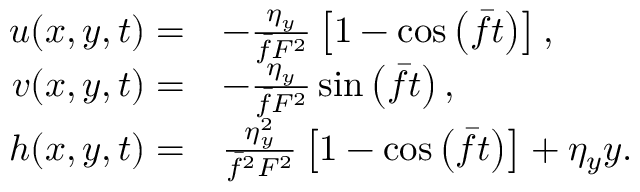
\begin{array} { r l } { u ( x , y , t ) = } & { - \frac { \eta _ { y } } { \bar { f } F ^ { 2 } } \left[ 1 - \cos \left( \bar { f } t \right) \right] , } \\ { v ( x , y , t ) = } & { - \frac { \eta _ { y } } { \bar { f } F ^ { 2 } } \sin \left( \bar { f } t \right) , } \\ { h ( x , y , t ) = } & { \frac { \eta _ { y } ^ { 2 } } { \bar { f } ^ { 2 } F ^ { 2 } } \left[ 1 - \cos \left( \bar { f } t \right) \right] + \eta _ { y } y . } \end{array}